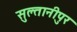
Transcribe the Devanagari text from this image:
सुल्तानीपुर